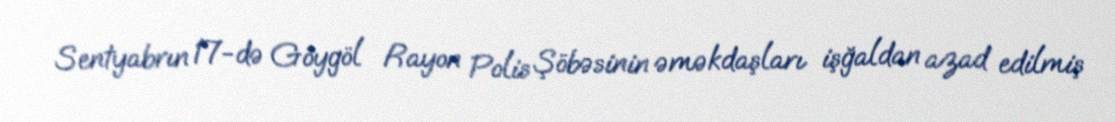
Sentyabrın 17-də Göygöl Rayon Polis Şöbəsinin əməkdaşları işğaldan azad edilmiş